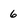
Character: 6